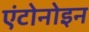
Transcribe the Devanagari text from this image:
एंटोनोइन